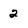
Character: 2